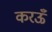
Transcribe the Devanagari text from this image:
करऊँ